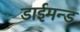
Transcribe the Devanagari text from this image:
डाईमन्ड